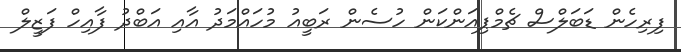
ފިރިހެން ޑަބަލްސް ޗެމްޕިއަންކަން ހުސެން ރަބީއު މުހައްމަދު އާއި އަބްދު ފާއިހް ފަޒީލް